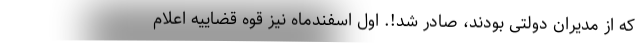
که از مدیران دولتی بودند، صادر شد!. اول اسفندماه نیز قوه قضاییه اعلام